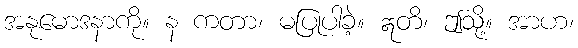
အနုမောဒနာကို။ န ကတာ၊ မပြုပါခဲ့။ ဣတိ၊ ဤသို့။ အာဟ၊